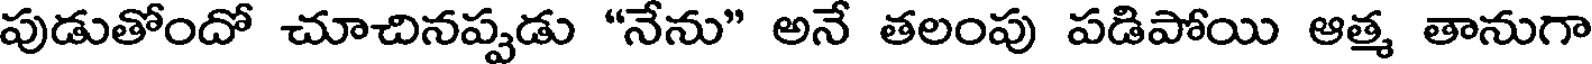
పుడుతోందో చూచినప్పడు "నేను" అనే తలంపు పడిపోయి ఆత్మ తానుగా